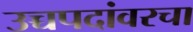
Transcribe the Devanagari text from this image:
उच्चपदांवरचा